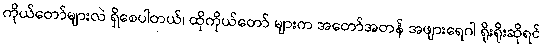
ကိုယ်တော်များလဲ ရှိစေပါတယ်၊ ထိုကိုယ်တော် များက အတော်အတန် အဖျားရေဂါ ရိုးရိုးဆိုရင်